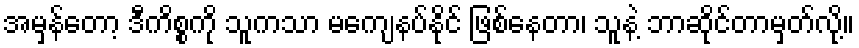
အမှန်တော့ ဒီကိစ္စကို သူကသာ မကျေနပ်နိုင် ဖြစ်နေတာ၊ သူနဲ့ ဘာဆိုင်တာမှတ်လို့။